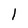
Character: 1